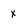
Character: x